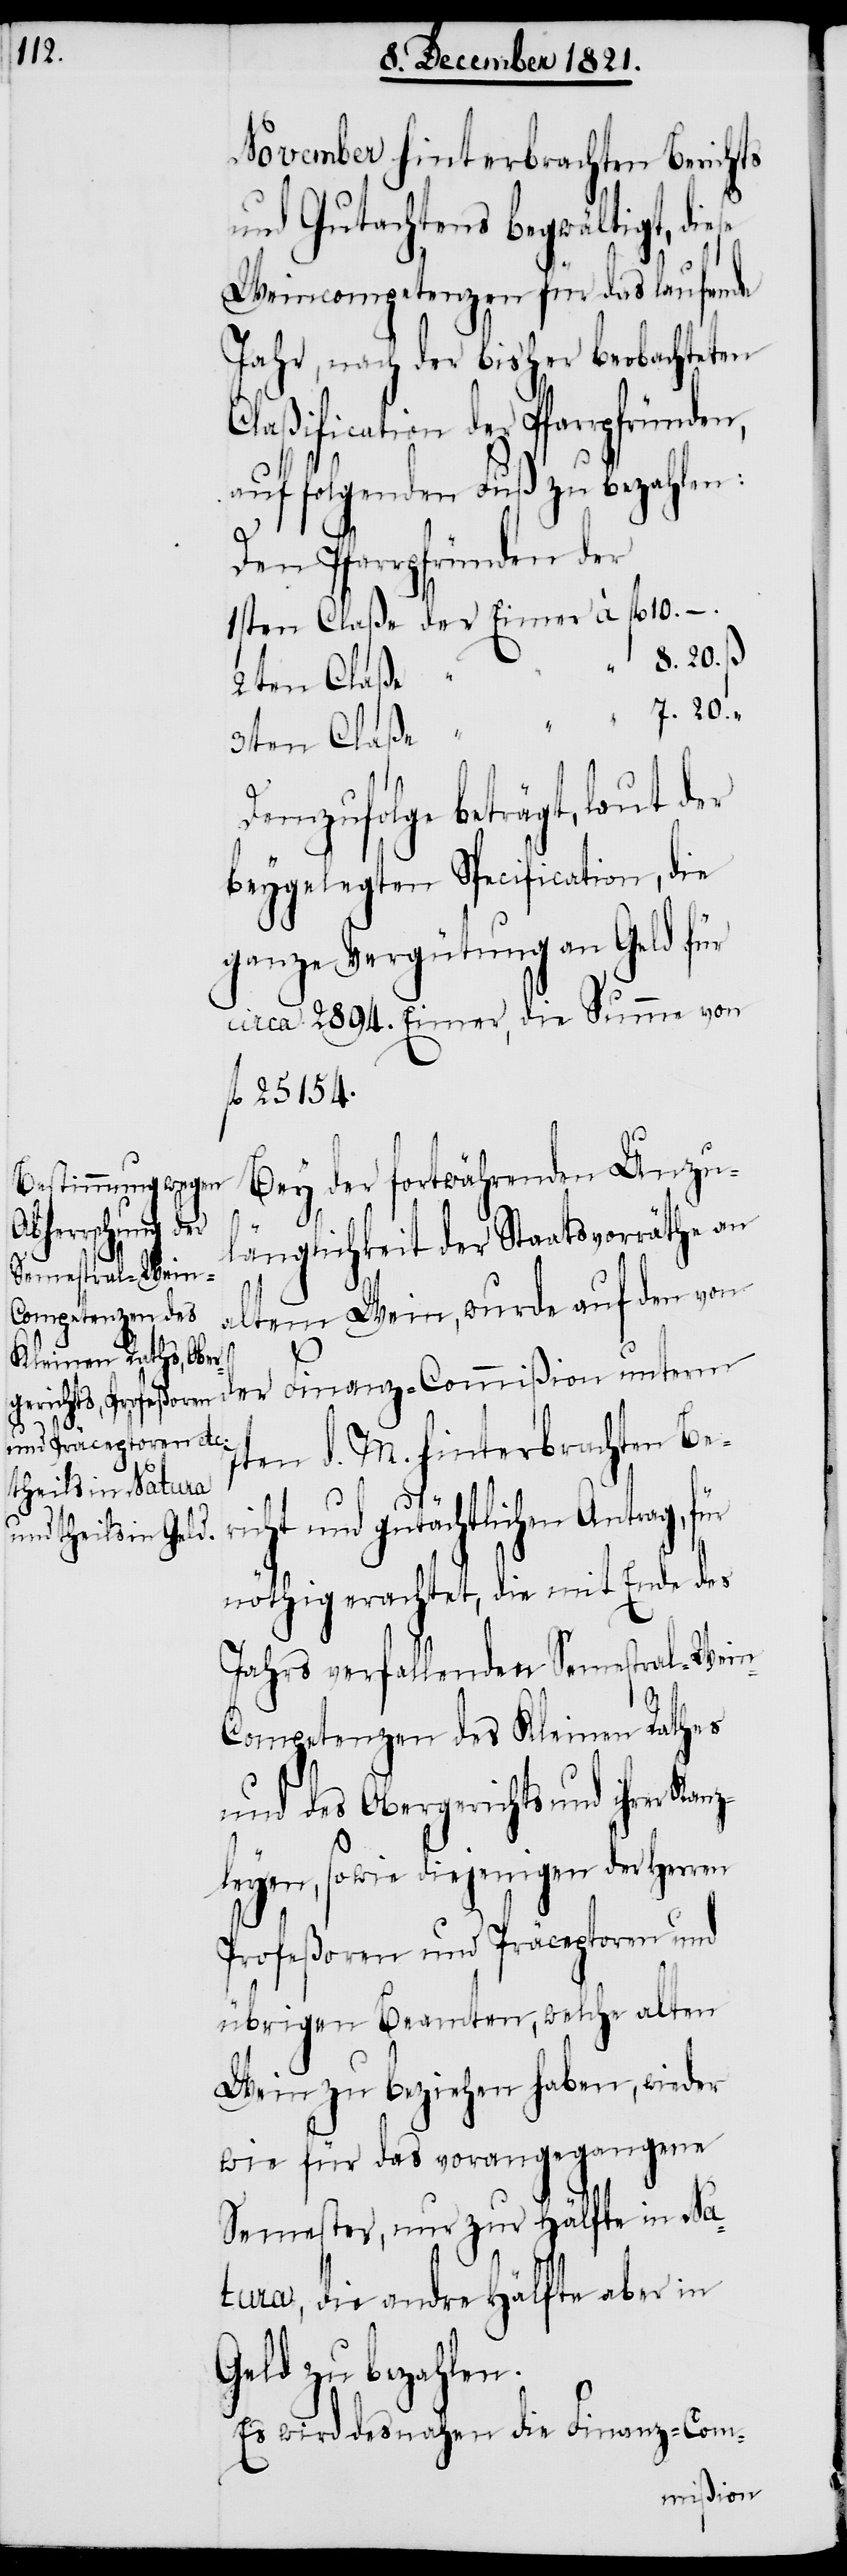
Kanz¬

vember hinterbrachten Berichts
und Gutachtens begwältigt, die¬
Weincompetenzen für das laufende
Jahr, nach der bisher beobachteten
der Pfarrpfründen,
auf folgenden Fuß zu bezahlen:
Den Pfarrpfründen der
1sten Claße der Eimer à f¬
“ 8.20. ß
2ten Claße
3ten Claße “ “ “ 7.20. “
Demzufolge beträgt, laut der
beygelegten Specification, die
ganze Vergütung an Geld für
circa 2894. Eimer, die Summe von
fl. 25154.
Bey der fortwährenden Unzu¬
länglichkeit der Staatsvorräthe an
altem Wein, wurde auf den von
der Finanz-Commißion unterm
7ten d. M. hinterbrachten Ber¬
icht und gutächtlichen Antrag,
nöthig erachtet, die mit Ende des
Jahrs verfallenden Semestral-Wein-C¬
ompetenzen des Kleinen Rathes
und des Obergerichts und ihrer
leyen, sowie diejenigen der Herren
Profeßoren und Präceptoren und
übrigen Beamten, welche alten
Wein zu beziehen haben, wieder
wie für das vorangegangene
Semester, nur zur Hälfte in Na¬
tura, die andre Hälfte aber in
Geld zu bezahlen.
Es wird desnahen die Finanz-Com-